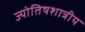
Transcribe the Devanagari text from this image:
ज्योतिषशात्रीय